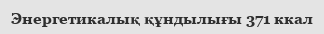
Энергетикалық құндылығы 371 ккал